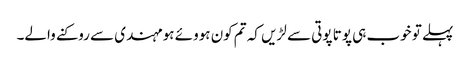
پہلے تو خوب ہی پوتا پوتی سے لڑیں کہ تم کون ہووئے ہو مہندی سے روکنے والے۔